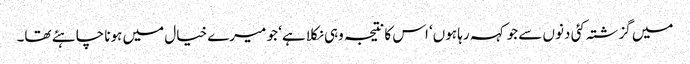
میں گزشتہ کئی دنوں سے جو کہہ رہا ہوں‘ اس کا نتیجہ وہی نکلا ہے‘ جو میرے خیال میں ہونا چاہئے تھا۔